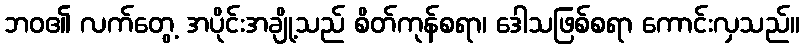
ဘဝ၏ လက်တွေ့ အပိုင်းအချို့သည် စိတ်ကုန်စရာ၊ ဒေါသဖြစ်စရာ ကောင်းလှသည်။